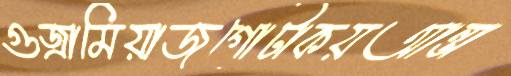
গুজ্‌রামিয়াজগোটাকয়আন্ডা